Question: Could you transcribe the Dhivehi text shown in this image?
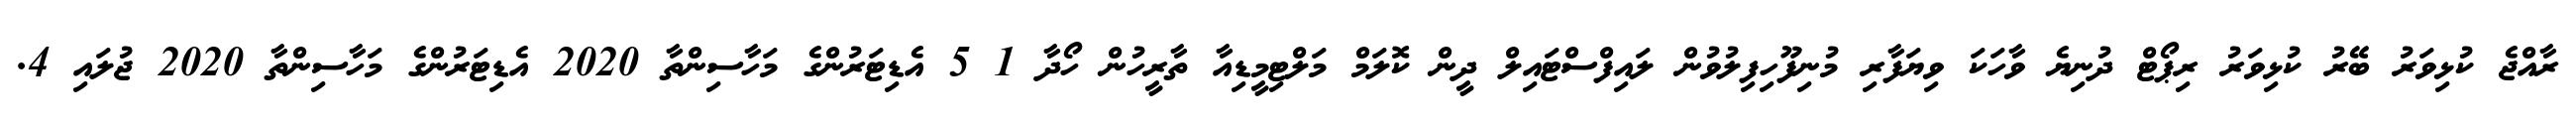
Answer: ރާއްޖެ ކުޅިވަރު ބޭރު ކުޅިވަރު ރިޕޯޓް ދުނިޔެ ވާހަކަ ވިޔަފާރި މުނިފޫހިފިލުވުން ލައިފްސްޓައިލް ދީން ކޮލަމް މަލްޓިމީޑިއާ ތާރީހުން ހޯދާ 1 5 އެޑިޓަރުންގެ މަހާސިންތާ 2020 އެޑިޓަރުންގެ މަހާސިންތާ 2020 ޖުލައި 4.